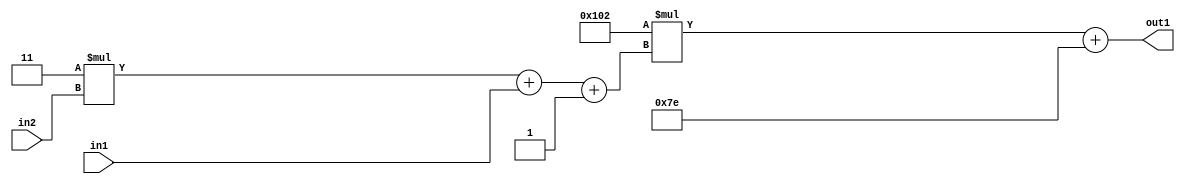
`timescale 1ps / 1ps
/*****************************************************************************
    Verilog RTL Description
    
    
    Created by: Stratus DpOpt 2019.1.01 
*******************************************************************************/

module DC_Filter_Add2i126Mul2i258Add3i1u1Mul2i3u2_4 (
	in2,
	in1,
	out1
	); /* architecture "behavioural" */ 
input [1:0] in2;
input  in1;
output [11:0] out1;
wire [11:0] asc001;
wire [3:0] asc002;

wire [3:0] asc002_tmp_0;
wire [3:0] asc002_tmp_1;
assign asc002_tmp_1 = 
	+(4'B0011 * in2);
assign asc002_tmp_0 = asc002_tmp_1
	+(in1);
assign asc002 = asc002_tmp_0
	+(4'B0001);

wire [11:0] asc001_tmp_2;
assign asc001_tmp_2 = 
	+(12'B000100000010 * asc002);
assign asc001 = asc001_tmp_2
	+(12'B000001111110);

assign out1 = asc001;
endmodule

/* CADENCE  vrP3Qgk= : u9/ySgnWtBlWxVPRXgAZ4Og= ** DO NOT EDIT THIS LINE ******/